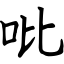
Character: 吡